Annual administration report of the Civil Veterinary Department of India - 1897-1898
Year: 1897
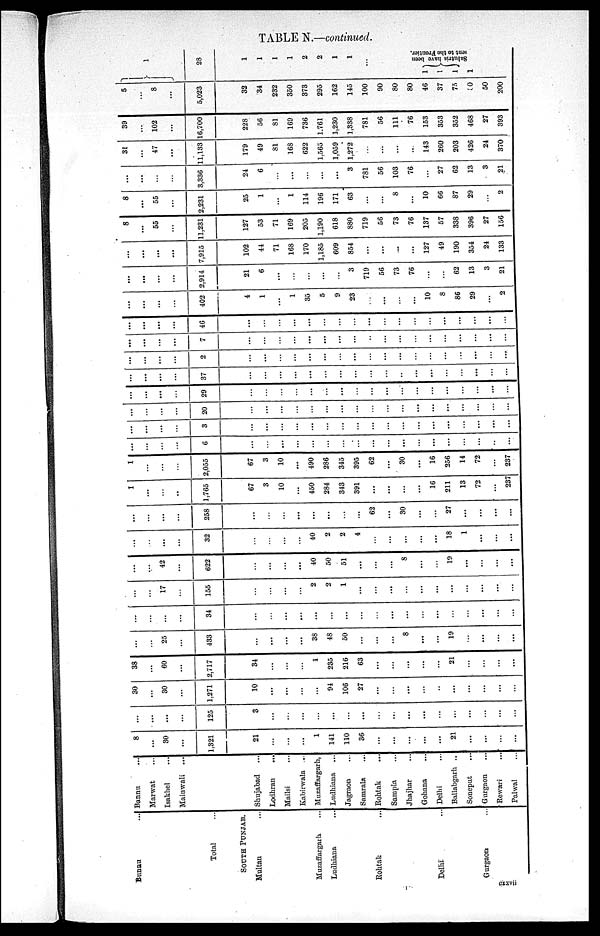
TABLE N.—continued.
Bunnu ...
Bannu ...
Marwat ...
Isakhel ...
Mainwali ...
Total
SOUTH
PUNJAB.
Multan ...
Muzaffargarh ...
Ludhiana ...
Rohtak ...
Delhi ...
Gurgaon ...
8
...
30
...
1,321
...
...
...
...
125
30
...
30
...
1,271
38
...
60
...
2,717
...
...
25
...
433
...
...
...
...
34
...
...
17
...
155
...
...
42
...
622
...
...
...
...
32
...
...
...
...
258
1
...
...
..
1,765
1
...
...
...
2,055
...
...
...
...
6
...
...
...
...
3
...
...
...
...
20
...
...
...
...
29
...
...
...
...
37
...
...
...
...
2
...
...
...
...
7
...
...
...
...
46
...
...
...
...
402
...
...
...
...
2,914
...
...
...
...
7,915
8
...
55
...
11,231
8
...
55
...
2,231
...
...
...
...
3,336
31
...
47
...
11,133
39
...
102
...
16,700
5
...
8
...
5,023
1
28
Shujabad ...
Lodhran
...
Mailsi ...
Kabirwala ...
Muzaffargarh,
Ludhiana ...
Jagraon ...
Samrala ...
Rohtak ...
Sampla ...
Jhajhar ...
Gohana ...
Delhi ...
Ballabgarh ..
Soneput ...
Gurgaon ...
Rewari ...
Palwal ...
21
...
...
...
1
141
110
36
...
...
...
...
...
21
...
...
...
...
3
...
...
...
...
...
...
...
...
...
...
...
...
...
...
...
...
...
10
...
...
...
...
94
106
27
...
...
...
...
..
...
...
...
...
...
34
...
...
...
1
235
216
63
...
...
...
...
...
21
...
...
...
...
...
...
...
...
38
48
50
...
...
...
8
...
...
19
...
...
...
...
...
...
...
...
...
...
...
...
...
...
...
...
...
...
...
...
...
...
...
...
...
...
2
2
1
...
...
...
...
...
...
...
...
...
...
...
...
...
...
...
40
50
51
...
...
...
8
...
...
19
...
...
...
...
...
...
...
...
40
2
2
4
...
...
...
...
...
18
1
...
...
...
...
...
...
...
...
...
...
...
62
...
30
...
...
27
...
...
...
...
67
3
10
...
450
284
343
391
...
...
...
...
16
211
13
72
...
237
67
3
10
...
490
286
345
395
62
...
30
...
16
256
14
72
...
237
...
...
...
...
...
...
...
...
...
...
...
...
...
...
...
...
...
...
...
...
...
...
...
...
...
...
...
...
...
...
...
...
...
...
...
...
...
...
...
...
...
...
...
...
...
...
...
...
...
...
...
...
...
...
...
...
...
...
...
...
...
...
...
...
...
...
...
...
...
...
...
...
...
...
...
...
...
...
...
...
...
...
..
...
...
...
...
...
...
...
...
...
...
...
...
...
...
...
...
...
...
...
...
...
...
...
...
...
...
...
...
...
...
...
...
...
...
...
...
...
...
...
...
...
...
...
...
...
...
...
...
...
...
...
...
...
...
...
...
...
...
...
...
...
4
1
...
1
35
5
9
23
...
...
...
...
10
8
86
29
...
2
21
6
...
...
...
...
...
3
719
56
73
76
...
...
62
13
3
21
102
44
71
168
170
1,185
609
854
...
...
...
...
127
49
190
354
24
133
127
53
71
169
205
1,190
618
880
719
56
73
76
137
57
338
396
27
156
25
1
...
1
114
196
171
63
...
...
8
...
10
66
87
29
...
2
24
6
...
...
...
...
...
3
781
56
103
76
...
27
62
13
3
21
179
49
81
168
622
1,565
1,059
1,272
...
...
...
...
143
260
203
426
24
370
228
56
81
169
736
1,761
1,230
1,338
781
56
111
76
153
353
352
468
27
393
32
34
232
350
373
295
162
145
100
90
80
80
46
37
75
80
50
200
1
1
1
1
2
2
1
1
...
1
1
1
Salutris have been
sent to the Frontier.
cxxvii